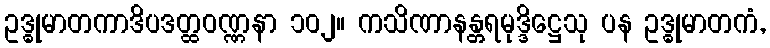
ဥဒ္ဓုမာတကာဒိပဒတ္ထဝဏ္ဏနာ ၁၀၂။ ကသိဏာနန္တရမုဒ္ဒိဋ္ဌေသု ပန ဥဒ္ဓုမာတကံ,